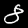
Label: 8